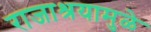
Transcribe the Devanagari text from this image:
राजाश्रयामुळे